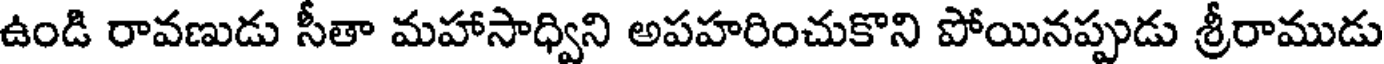
ఉండి రావణుడు సీతా మహాసాధ్విని అపహరించుకొని పోయినప్పుడు శ్రీరాముడు